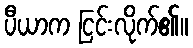
ပီယာက ငြင်းလိုက်၏။